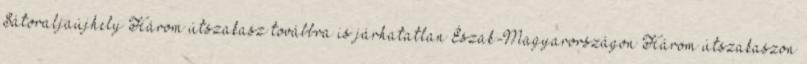
Sátoraljaújhely Három útszakasz továbbra is járhatatlan Észak-Magyarországon Három útszakaszon